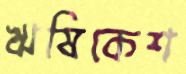
ঋষিকেশ